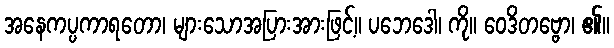
အနေကပ္ပကာရတော၊ များသောအပြားအားဖြင့်။ ပဘေဒေါ၊ ကို။ ဝေဒိတဗ္ဗော၊ ၏။